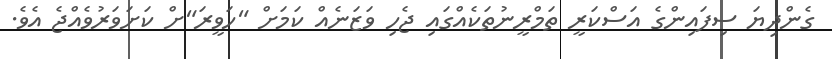
ގެންދިޔަ ސިފައިންގެ އަސްކަރީ ތަމްރީނުތަކެއްގައި ޖެހި ވަޒަނެއް ކަމަށް "ހަވީރަ"ށް ކަށަވަރުވެއްޖެ އެވެ.